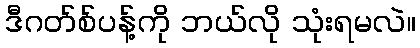
ဒီဂတ်စ်ပန့်ကို ဘယ်လို သုံးရမလဲ။